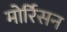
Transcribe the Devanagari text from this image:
मोर्रिसन